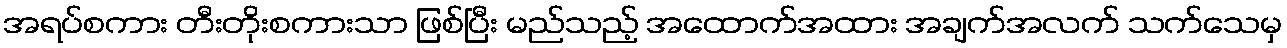
အရပ်စကား တီးတိုးစကားသာ ဖြစ်ပြီး မည်သည့် အထောက်အထား အချက်အလက် သက်သေမှ